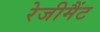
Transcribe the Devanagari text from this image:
रेजीमैंट